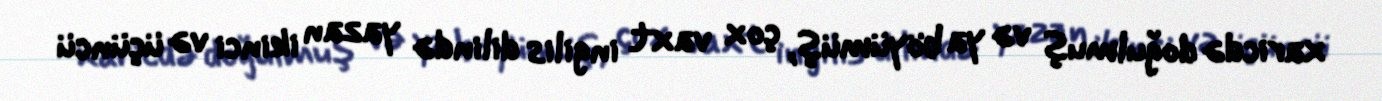
xaricdə doğulmuş və ya böyümüş, çox vaxt ingilis dilində yazan ikinci və üçüncü